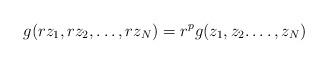
LaTeX: \begin{align*}g(r z_1, r z_2, \dots , r z_N) = r^{p}g( z_1, z_2.\dots,z_N) \end{align*}